Scottish Leaving Certificate Examination, 1958
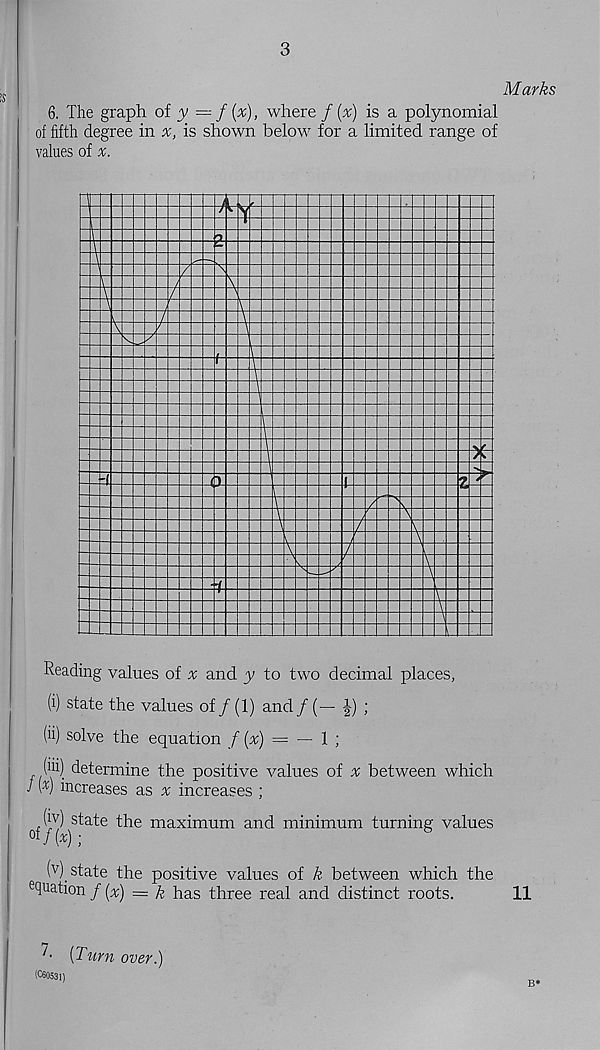
3
6. The graph oi y — f {%), where f (x) is a polynomial
of fifth degree in
is shown below for a limited range of
values of x.
Reading values of ^ and y to two decimal places,
(i) state the values of / (1) and /(— J) ;
(ii) solve the equation f(x) = — l )
(hi) determine the positive values of # between which
J ( x ) increases as % increases ;
(iv) state the maximum and minimum turning values
of /(*) ;
( v )
_ state the positive values of k between which th
^nation f ( x ) = k has three real and distinct roots.
[Turn over.)
(C60531)
Marks
11
B*